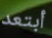
أبتعد